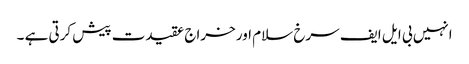
انہیں بی ایل ایف سرخ سلام اور خراج عقیدت پیش کرتی ہے ۔